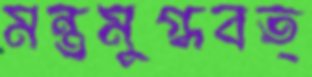
মন্ত্রমুগ্ধবত্